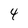
Character: 4